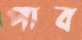
পাব